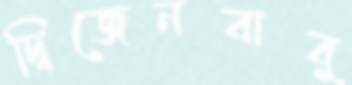
দ্বিজেনবাবু